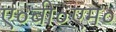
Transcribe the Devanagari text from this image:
ए०बी०एम०